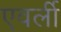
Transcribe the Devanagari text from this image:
एवर्ली